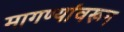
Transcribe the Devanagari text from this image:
मागण्यांवरून